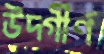
উদ্গীর্ণ